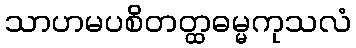
သာဟမပစိတတ္ထဓမ္မကုသလံ